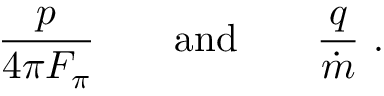
{ \frac { p } { 4 \pi F _ { \pi } } } \qquad \mathrm { a n d } \qquad { \frac { q } { \dot { m } } } \ .